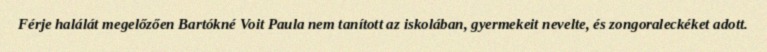
Férje halálát megelőzően Bartókné Voit Paula nem tanított az iskolában, gyermekeit nevelte, és zongoraleckéket adott.